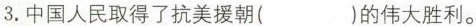
3. 中国人民取得了抗美援朝( )的伟大胜利。坚定坚决